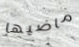
ماضيها